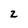
Character: 2